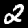
Label: 2